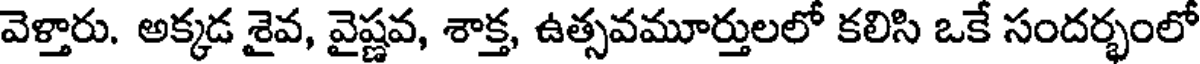
వెళ్తారు. అక్కడ శైవ, వైష్ణవ, శాక్త, ఉత్సవమూర్తులలో కలిసి ఒకే సందర్భంలో